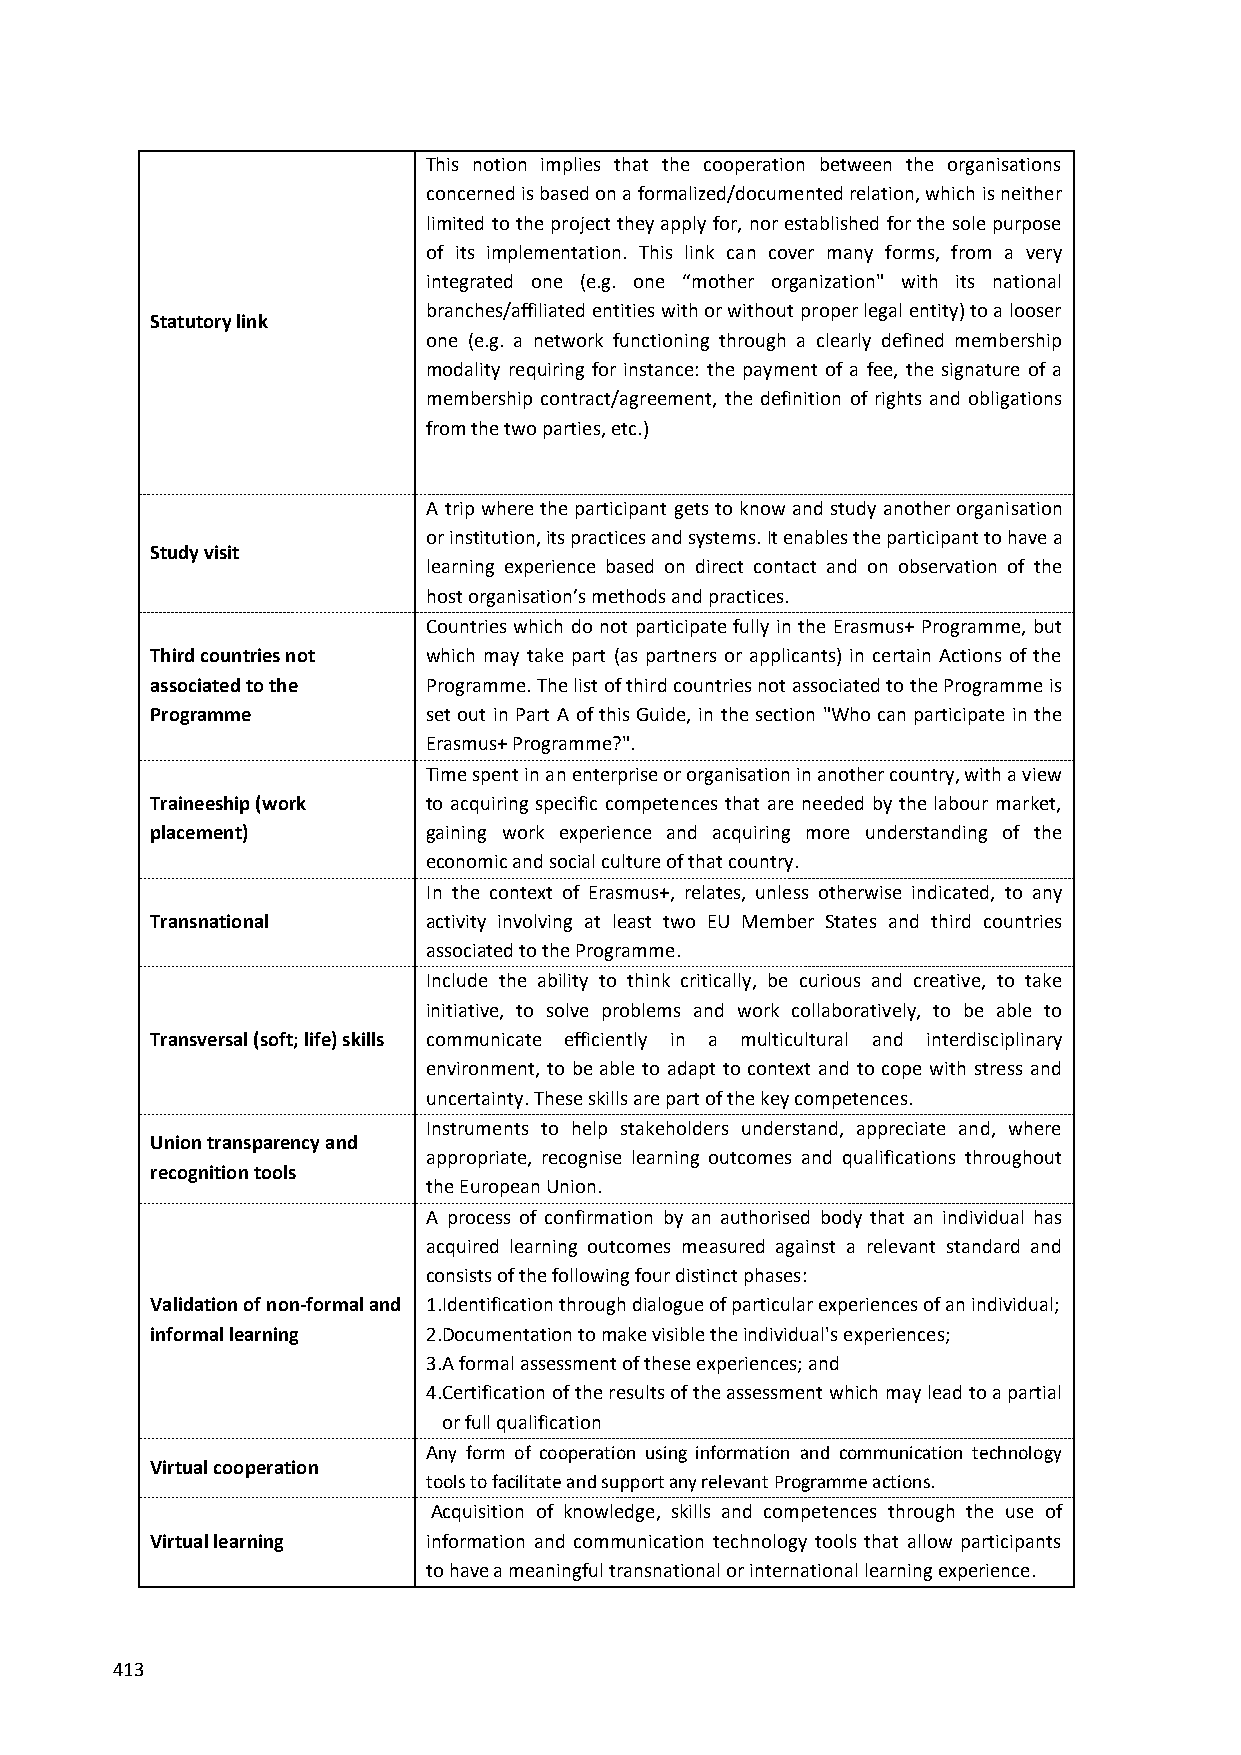
This notion implies that the cooperation between the organisations
 concerned is based on a formalized/documented relation, which is neither
 limited to the project they apply for, nor established for the sole purpose
 of its implementation. This link can cover many forms, from a very
 integrated one (e.g. one “mother organization" with its national
 branches/affiliated entities with or without proper legal entity) to a looser
 Statutory link
 one (e.g. a network functioning through a clearly defined membership
 modality requiring for instance: the payment of a fee, the signature of a
 membership contract/agreement, the definition of rights and obligations
 from the two parties, etc.)
 A trip where the participant gets to know and study another organisation
 or institution, its practices and systems. It enables the participant to have a
 Study visit
 learning experience based on direct contact and on observation of the
 host organisation’s methods and practices.
 Countries which do not participate fully in the Erasmus+ Programme, but
 Third countries not which may take part (as partners or applicants) in certain Actions of the
 associated to the Programme. The list of third countries not associated to the Programme is
 Programme         set out in Part A of this Guide, in the section "Who can participate in the
 Erasmus+ Programme?".
 Time spent in an enterprise or organisation in another country, with a view
 Traineeship (work to acquiring specific competences that are needed by the labour market,
 placement)        gaining work experience and acquiring more understanding of the
 economic and social culture of that country.
 In the context of Erasmus+, relates, unless otherwise indicated, to any
 Transnational     activity involving at least two EU Member States and third countries
 associated to the Programme.
 Include the ability to think critically, be curious and creative, to take
 initiative, to solve problems and work collaboratively, to be able to
 Transversal (soft; life) skills communicate efficiently in a multicultural and interdisciplinary
 environment, to be able to adapt to context and to cope with stress and
 uncertainty. These skills are part of the key competences.
 Instruments to help stakeholders understand, appreciate and, where
 Union transparency and
 appropriate, recognise learning outcomes and qualifications throughout
 recognition tools
 the European Union.
 A process of confirmation by an authorised body that an individual has
 acquired learning outcomes measured against a relevant standard and
 consists of the following four distinct phases:
 Validation of non-formal and 1. Identification through dialogue of particular experiences of an individual;
 informal learning 2. Documentation to make visible the individual's experiences;
 3. A formal assessment of these experiences; and
 4. Certification of the results of the assessment which may lead to a partial
 or full qualification
 Any form of cooperation using information and communication technology
 Virtual cooperation
 tools to facilitate and support any relevant Programme actions.
 Acquisition of knowledge, skills and competences through the use of
 Virtual learning  information and communication technology tools that allow participants
 to have a meaningful transnational or international learning experience.
 413